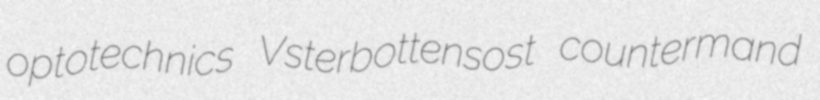
optotechnics Vsterbottensost countermand